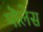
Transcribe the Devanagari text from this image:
पॊलेस